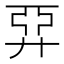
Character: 𢍐